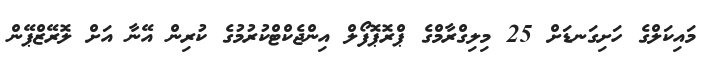
މައިކަލްގެ ހަށިގަނޑަށް 25 މިލިގްރާމްގެ ޕްރޮޕޮފޯލް އިންޖެކްޓްކުރުމުގެ ކުރިން އޭނާ އަށް ލޮރޭޒްޕޭން